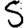
Digit: 5